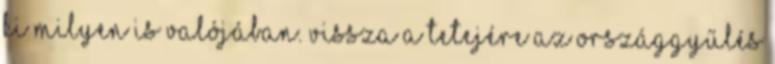
ki milyen is valójában. Vissza a tetejére Az Országgyűlés